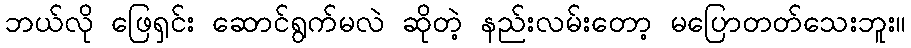
ဘယ်လို ဖြေရှင်း ဆောင်ရွက်မလဲ ဆိုတဲ့ နည်းလမ်းတော့ မပြောတတ်သေးဘူး။